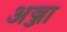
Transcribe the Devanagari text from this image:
अञ्जा